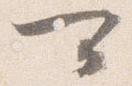
可